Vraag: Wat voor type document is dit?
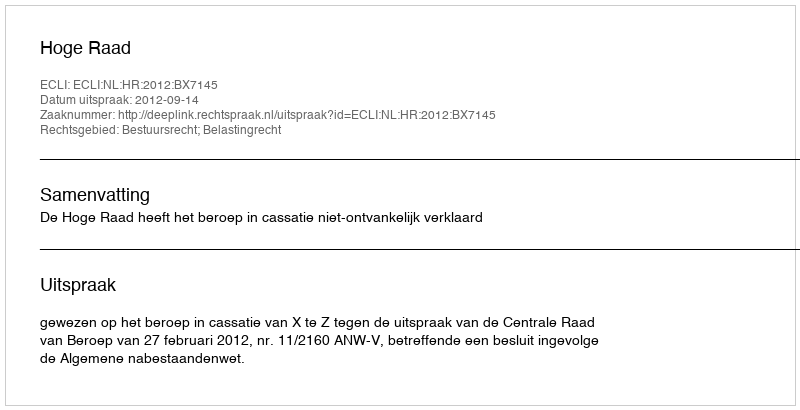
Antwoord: Uitspraak